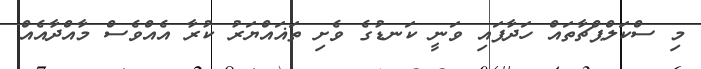
މި ސްކަލްޕްޗާތައް ހަދާފައި ވަނީ ކަނޑުގެ ވެށި ތަޣައްޔަރު ކުރާ އެއްވެސް މާއްދާއެއް